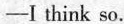
—I think so.